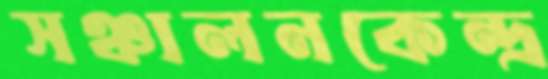
সঞ্চালনকেন্দ্র